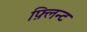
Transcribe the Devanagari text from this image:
फ़्लिन्ट